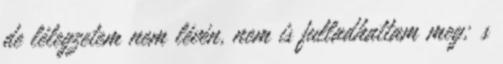
de lélegzetem nem lévén, nem is fulladhattam meg; s